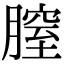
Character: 膣